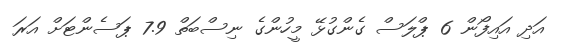
އަދި އައިފޯން 6 ޕްލަސް ގެންގުޅޭ މީހުންގެ ނިސްބަތް 7.9 ޕަސެންޓަށް އަރަ